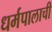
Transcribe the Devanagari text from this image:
धर्मपालाची